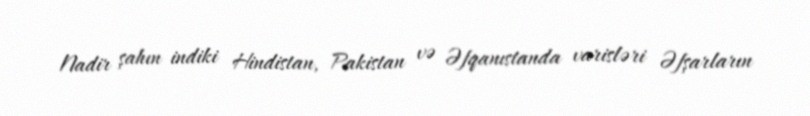
Nadir şahın indiki Hindistan, Pakistan və Əfqanıstanda varisləri Əfşarların